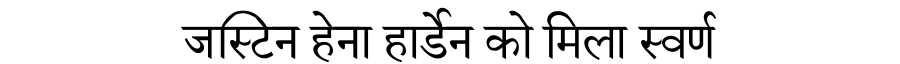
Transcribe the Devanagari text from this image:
जस्टिन हेना हार्डेन को मिला स्वर्ण